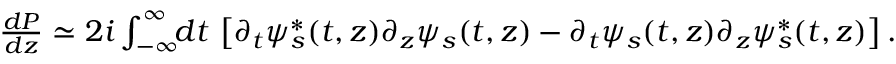
\begin{array} { r l r } & { } & { \! \! \! \! \! \! \! \! \! \! \frac { d { \cal P } } { d z } \simeq 2 i \int _ { - \infty } ^ { \infty } \! \! d t \, \left[ \partial _ { t } \psi _ { s } ^ { * } ( t , z ) \partial _ { z } \psi _ { s } ( t , z ) - \partial _ { t } \psi _ { s } ( t , z ) \partial _ { z } \psi _ { s } ^ { * } ( t , z ) \right] . } \end{array}